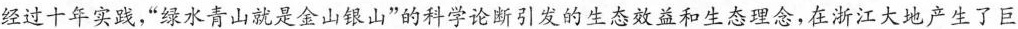
经过十年实践，”绿水青山就是金山银山”的科学论断引发的生态效益和生态理念，在浙江大地产生了巨